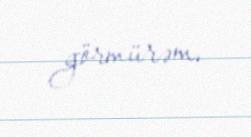
görmürəm.